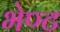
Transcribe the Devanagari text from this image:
भेण्ट